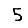
Digit: 5